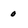
Character: o